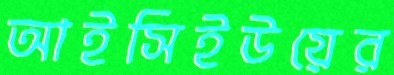
আইসিইউয়ের